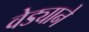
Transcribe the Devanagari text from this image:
वेड्याने